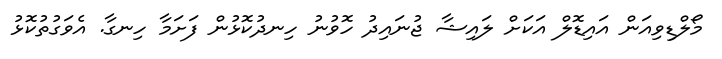
މޯލްޑިވިއަން އައިޑޮލް އަކަށް ލައިޝާ ޖުނައިދު ހޮވުނު ހިނދުކޮޅުން ފަށަމާ ހިނގާ. އެވަގުތުކޮޅު